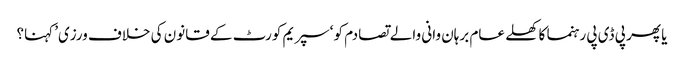
یا پھر پی ڈی پی رہنما کا کھلے عام برہان وانی والے تصادم کو ‘سپریم کورٹ کے قانون کی خلاف ورزی’ کہنا؟